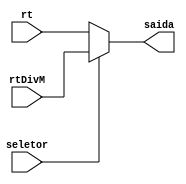
module MuxH_Rt (
    input wire seletor, //101
    input wire [31:0] rt,
    input wire [31:0] rtDivM,
    output wire [31:0] saida
);

assign saida = (seletor == 1'b0) ? rt : rtDivM;
endmodule